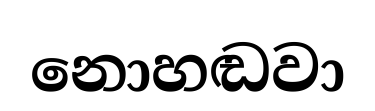
නොහඬවා